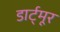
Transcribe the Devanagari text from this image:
डार्ट्मूर